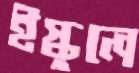
ইস্কুলে